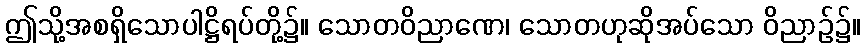
ဤသို့အစရှိသောပါဋ္ဌိရပ်တို့၌။ သောတဝိညာဏေ၊ သောတဟုဆိုအပ်သော ဝိညာဉ်၌။